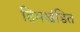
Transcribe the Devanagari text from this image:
हिमखंडित